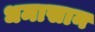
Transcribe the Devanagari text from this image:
धमासान